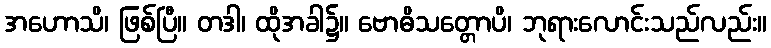
အဟောသိ၊ ဖြစ်ပြီ။ တဒါ၊ ထိုအခါ၌။ ဗောဓိသတ္တောပိ၊ ဘုရားလောင်းသည်လည်း။